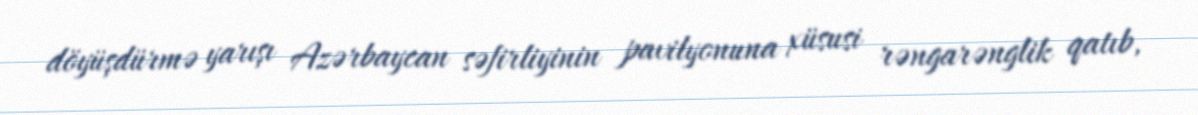
döyüşdürmə yarışı Azərbaycan səfirliyinin pavilyonuna xüsusi rəngarənglik qatıb,